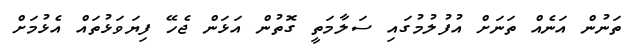
ތަނުން އަނެއް ތަނަށް އުފުލުމުގައި ސަލާމަތީ ގޮތުން އަޅަން ޖެހޭ ފިޔަވަޅުތައް އެޅުމަށް